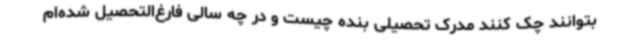
بتوانند چک کنند مدرک تحصیلی بنده چیست و در چه سالی فارغ‌التحصیل شده‌ام